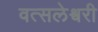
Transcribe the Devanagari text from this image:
वत्सलेश्वरी